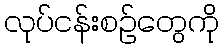
လုပ်ငန်းစဉ်တွေကို